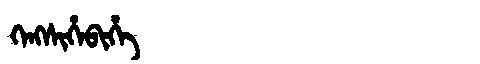
Manchu: ᡴᡝᠩᠰᡳᡥᡝᠪᡳᡥᡝ
Romanization: KENGSIHEBIHE